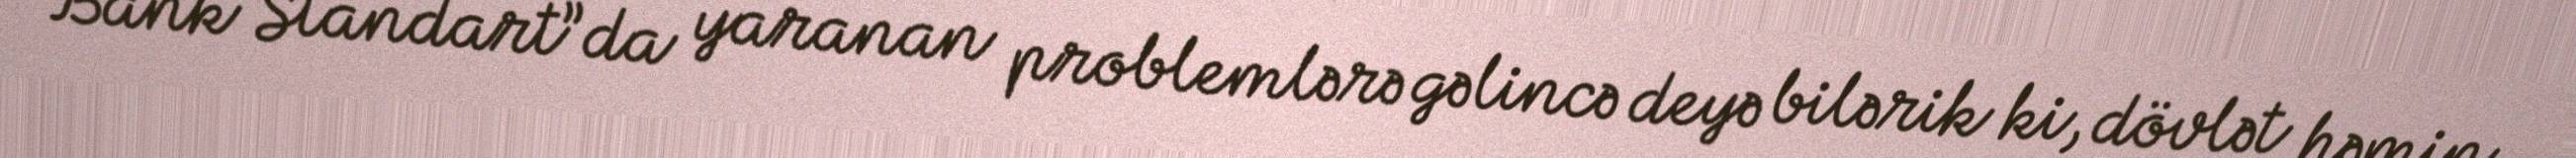
“Bank Standart”da yaranan problemlərə gəlincə deyə bilərik ki, dövlət həmin